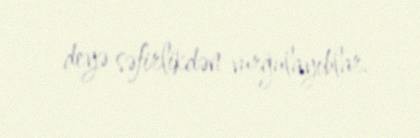
deyə səfirlikdən vurğulayıblar.